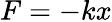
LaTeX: F=-kx